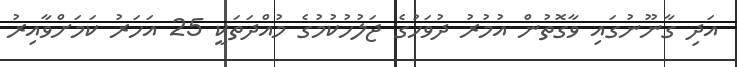
އަދި ގާނޫނުގައި ވާގޮތުން އުމުރު ދުވަހުގެ ޖަލުހުކުމުގެ މުއްދަތަކީ 25 އަހަރު ކަމަށްވާއިރު